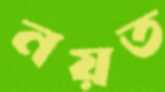
নয়ত